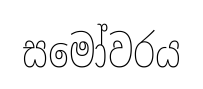
සමෝවරය